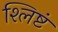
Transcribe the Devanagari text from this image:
श्लिष्टं